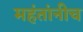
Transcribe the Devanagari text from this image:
महंतांनीच